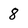
Character: 8